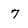
Character: 7